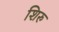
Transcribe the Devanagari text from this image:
शिरु